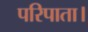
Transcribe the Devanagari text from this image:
परिपाता।